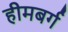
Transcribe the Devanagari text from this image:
हीमबर्ग